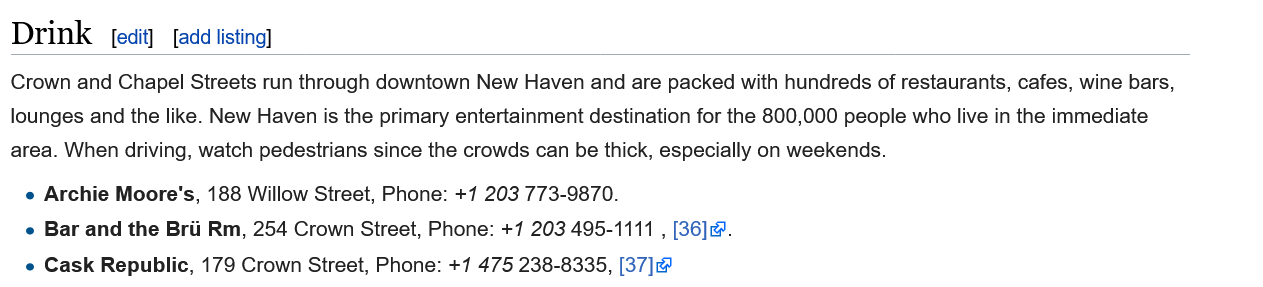
Crown and Chapel Streets run through downtown New Haven and are packed with hundreds of restaurants, cafes, wine bars,
  lounges and the like. New Haven is the primary entertainment destination for the 800,000 people who live in the immediate
  area. When driving, watch pedestrians since the crowds can be thick, especially on weekends.
   e Cask Republic, 179 Crown Street, Phone: +7 475 238-8335, [37]
   e Bar and the Brii Rm, 254 Crown Street, Phone: +7 203 495-1111
     ,
     [36]
   e Archie Moore's, 188 Willow Street, Phone: +1 203 773-9870.
     [edit] [add listing] Drink